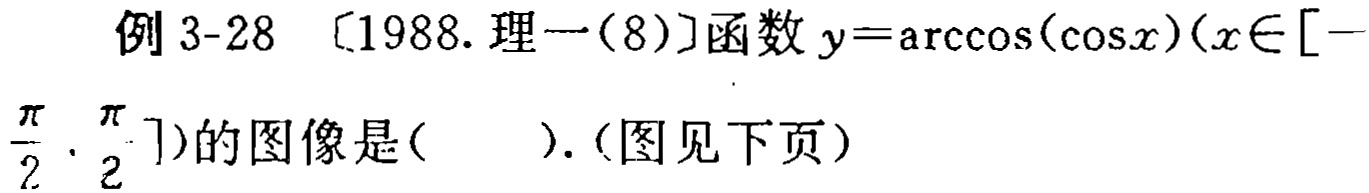
例 3-28 〔1988. 理一(8)〕函数 \(y = \arccos(\cos x)(x\in[-\frac{\pi}{2}, \frac{\pi}{2}])\)的图像是( ).(图见下页)